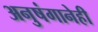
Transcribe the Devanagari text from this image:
अनुषंगानेही